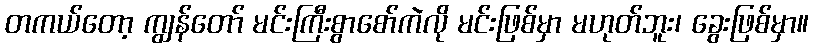
တကယ်တော့ ကျွန်တော် မင်းကြီးစွာစော်ကဲလို မင်းဖြစ်မှာ မဟုတ်ဘူး၊ ခွေးဖြစ်မှာ။